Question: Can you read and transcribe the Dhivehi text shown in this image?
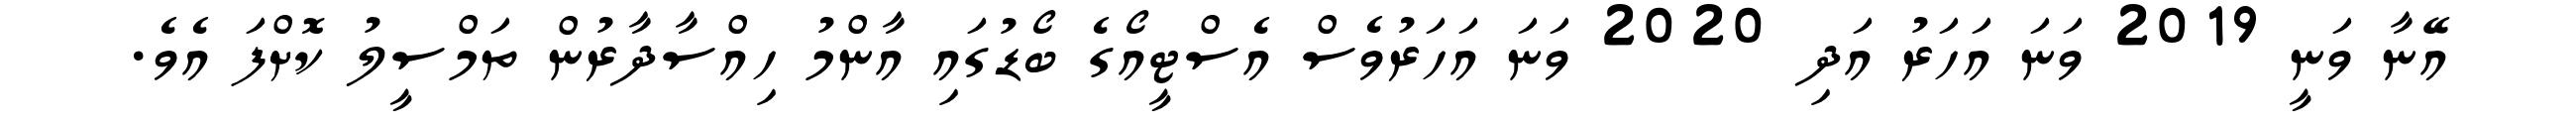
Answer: އޭނާ ވަނީ 2019 ވަނަ އަހަރު އަދި 2020 ވަނަ އަހަރުވެސް އެސްޓީއޯގެ ބޯޑުގައި އާންމު ހިއްސާދާރުން ތަމްސީލު ކޮށްފަ އެވެ.